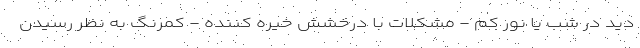
دید در شب یا نور کم - مشکلات با درخشش خیره کننده - کمرنگ به نظر رسیدن